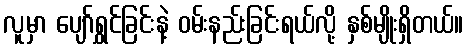
လူမှာ ပျော်ရွှင်ခြင်းနဲ့ ဝမ်းနည်းခြင်းရယ်လို့ နှစ်မျိုးရှိတယ်။